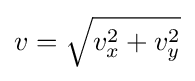
v={\sqrt {v_{x}^{2}+v_{y}^{2}}}